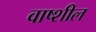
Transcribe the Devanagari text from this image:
वाष्शील